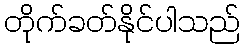
တိုက်ခတ်နိုင်ပါသည်